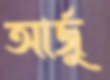
আর্জু